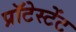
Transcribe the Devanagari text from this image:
प्रॉटेस्टेंट